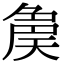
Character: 𡙝